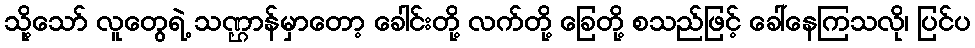
သို့သော် လူတွေရဲ့ သဏ္ဌာန်မှာတော့ ခေါင်းတို့ လက်တို့ ခြေတို့ စသည်ဖြင့် ခေါ်နေကြသလို၊ ပြင်ပ